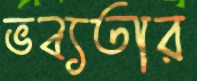
ভব্যতার